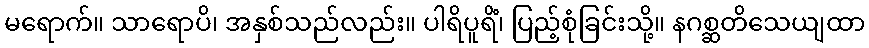
မရောက်။ သာရောပိ၊ အနှစ်သည်လည်း။ ပါရိပူရိံ၊ ပြည့်စုံခြင်းသို့။ နဂစ္ဆတိသေယျထာ